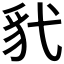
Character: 𫎊